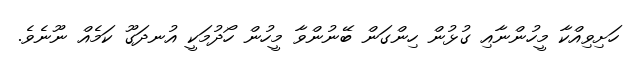
ހަށިވިއްކާ މީހުންނާއި ގުޅުން ހިންގަން ބޭނުންވާ މީހުން ހޯދުމަކީ އުނދަގޫ ކަމެއް ނޫނެވެ.